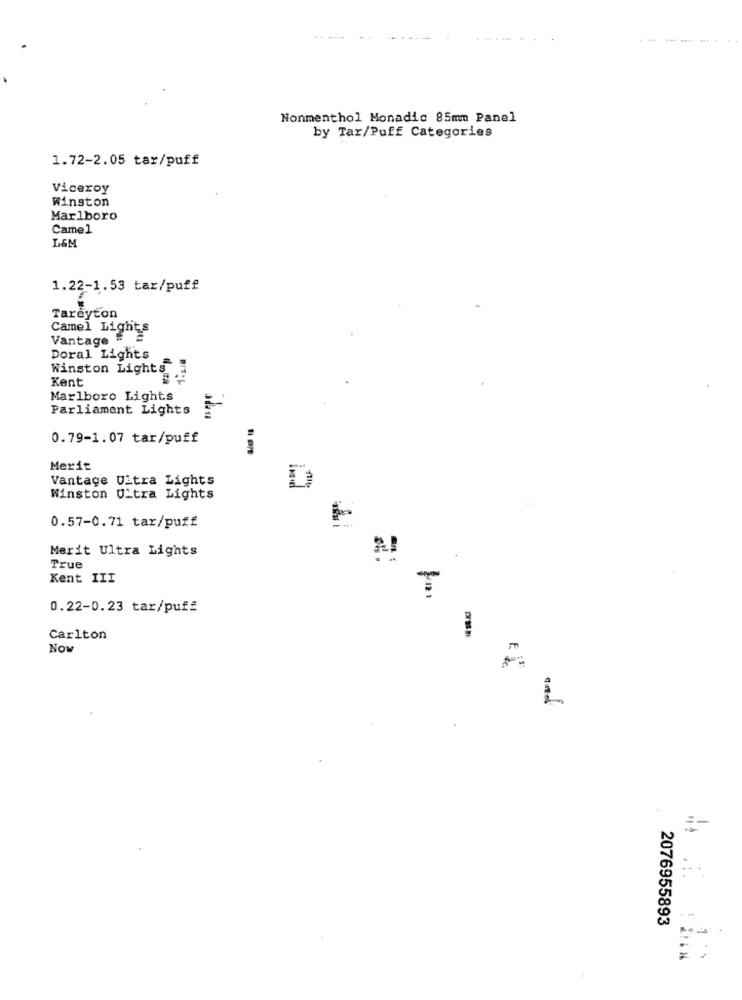
......
.---
-----...
Nonmenthol Monadic 85mm Panel
by Tar/Puff Categories
1.72-2.05 tar/puff
Viceroy
winston
Marlboro
Camel
L&M
1.22-1.53 tar/puff
Tarcyton
Camel Lights
Vantage # 2
Doral Lights
Winston Lights
Kent
Marlboro Lights
Parliament Lights
0.79-1.07 tar/puff
Merit
Vantage Ultra Lights
Winston Uitra Lights
0.57-0.71 tar/puff
Merit Ultra Lights
True
Kent III
₸
0.22-0.23 tar/puff
Carlton
Now
L
2076955893
1